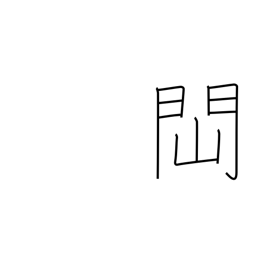
Meaning: to be obstructed